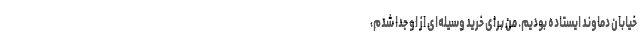
خیابان‌ دماوند ایستاده بودیم. من برای خرید وسیله‌ای از او جدا شدم،